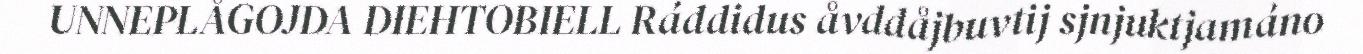
UNNEPLÅGOJDA DIEHTOBIELL Ráddidus åvddåjbuvtij sjnjuktjamáno